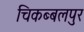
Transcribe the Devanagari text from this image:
चिकब्बलपुर